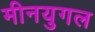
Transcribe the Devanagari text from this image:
मीनयुगल